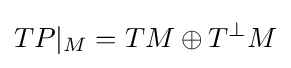
TP|_{M}=TM\oplus T^{\perp }M